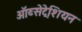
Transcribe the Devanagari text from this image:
ऑब्सेट्रेशियन